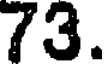
73.